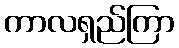
ကာလရှည်ကြာ